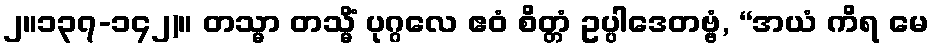
၂။၁၃၇-၁၄၂)။ တသ္မာ တသ္မိံ ပုဂ္ဂလေ ဧဝံ စိတ္တံ ဥပ္ပါဒေတဗ္ဗံ, “အယံ ကိရ မေ